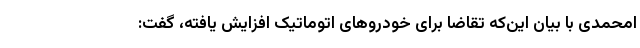
امحمدی با بیان این‌که تقاضا برای خودروهای اتوماتیک افزایش یافته، گفت: